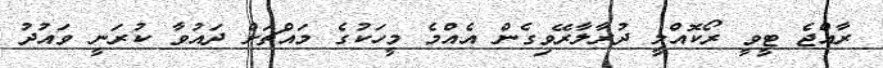
ރާއްޖެ ޓީވީ ރޯކޮއްލީ ދުރާލާރޭވިގެން އެއްމެ މީހަކުގެ މައްޗަށް ދައުވާ ކުރަނީ ވައުދު